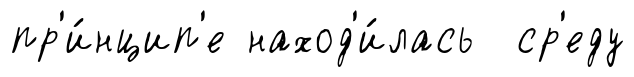
пр'и́нцип'е наход'и́лась ср'еду